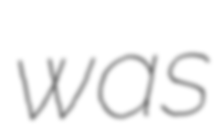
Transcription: was